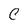
Character: C